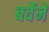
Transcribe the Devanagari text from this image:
बर्वेने